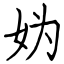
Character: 妫